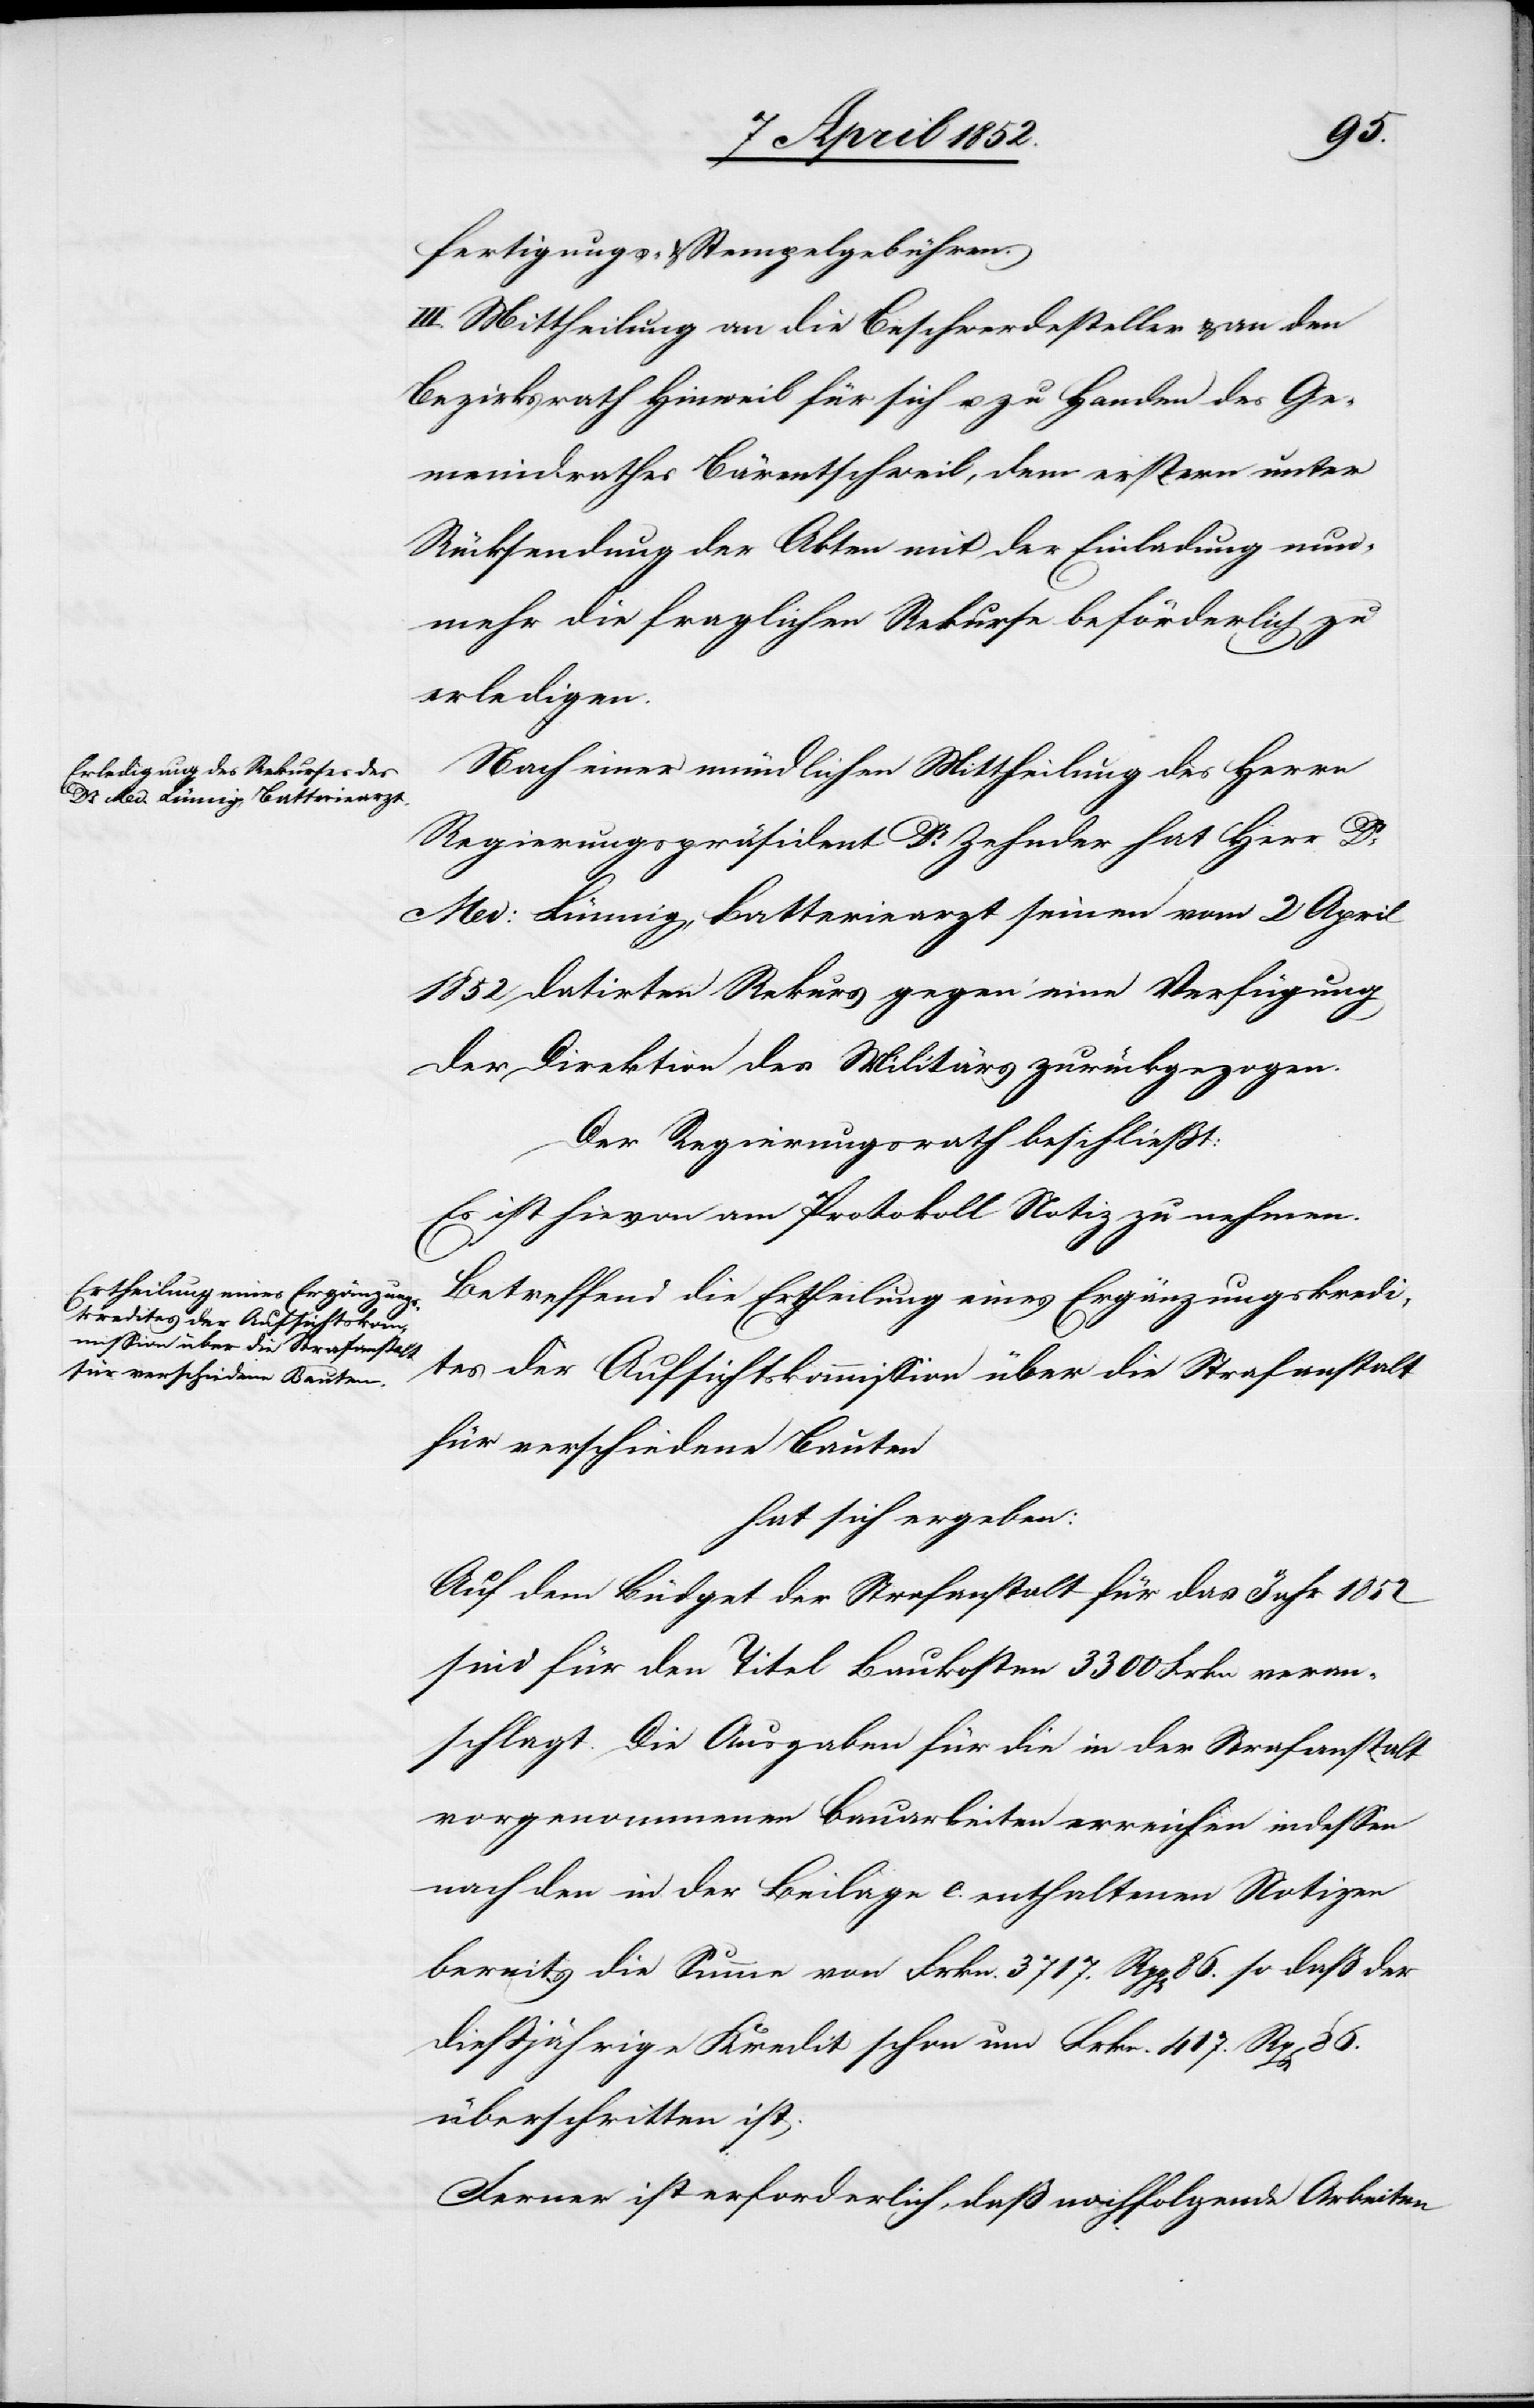
fertigungs- & Stempelgebühren.
III. Mittheilung an die Beschwerdesteller & an den
Bezirksrath Hinweil für sich u. zu Handen des Ge¬
meindrathes Bärentschweil, dem erstern unter
Rücksendung der Akten mit der Einladung nun¬
mehr die fraglichen Rekurse beförderlich zu
erledigen.
Nach einer mündlichen Mittheilung des Herrn
Regierungspräsident Dr. Zehnder hat Herr Dr.
Med: Lünnig, Batteriearzt seinen vom 2 April
1852 datirten Rekurs gegen eine Verfügung
der Direktion des Militärs zurückgezogen.
Der Regierungsrath beschliesst:
Es ist hievon am Protokoll Notiz zu nehmen.
Betreffend die Ertheilung eines Ergänzungskredi¬
tes der Aufsichtskommission über die Strafanstalt
für verschiedene Bauten
hat sich ergeben:
Auf dem Büdget der Strafanstalt für das Jahr 1852
sind für den Titel Baukosten 3300 Frkn veran¬
schlagt. Die Ausgaben für die in der Strafanstalt
vorgenommenen Bauarbeiten erreichen indessen
nach den in der Beilage e. enthaltenen Notizen
bereits die Summe von Frkn. 3717. Rpp[en] 86. so daß der
diessjährige Kredit schon um Frkn. 417. Rp[en]
überschritten ist.
Ferner ist erforderlich, daß nochfolgende [recte: